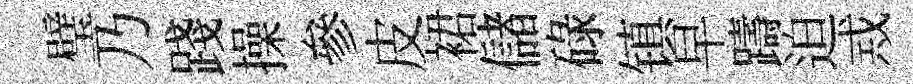
璧乃踐操參皮裙儲碌镇早躊迫𢦶